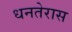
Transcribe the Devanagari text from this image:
धनतेरास